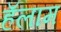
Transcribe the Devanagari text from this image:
हॅलाम